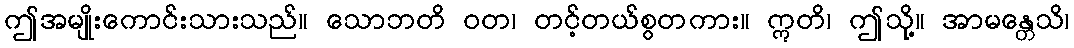
ဤအမျိုးကောင်းသားသည်။ သောဘတိ ဝတ၊ တင့်တယ်စွတကား။ ဣတိ၊ ဤသို့။ အာမန္တေသိ၊